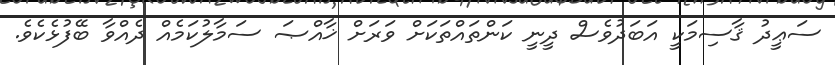
ސަޢީދު ޤާސިމަކީ އަބަދުވެސް ދީނީ ކަންތައްތަކަށް ވަރަށް ޚާއްޞަ ސަމާލުކަމެއް ދެއްވާ ބޭފުޅެކެވެ.